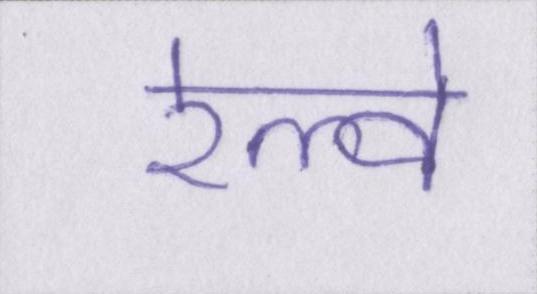
रेल्वे